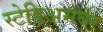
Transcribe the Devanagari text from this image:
स्टेडिअमवर